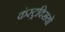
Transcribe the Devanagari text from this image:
कंस्ट्रक्सियो